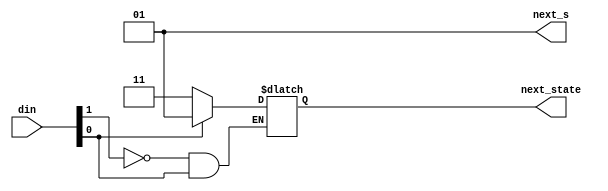
module aep_parallel (input [1:0] din,
                     output reg [1:0] next_state,
                     output reg [1:0] next_s
                     );

   parameter    state1 = 2'b01,  state2=2'b10,  state3=2'b11;

   always @(din or state1 or state2 or state3)
   casex (din) //synopsys parallel_case
     2'b1x: next_state = state1;
     2'bx0: next_state = state3;
   endcase // case(din)

   always @(din or state1 or state2 or state3)
   casex (din) //synopsys parallel_case
     2'b1x: next_s = state1;
     2'b0x: next_s = state1;
   endcase // case(din)
endmodule